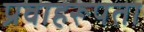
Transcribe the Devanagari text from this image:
प्रवाहरूपता